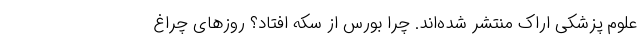
علوم پزشکی اراک منتشر شده‌اند. چرا بورس از سکه افتاد؟ روزهای چراغ